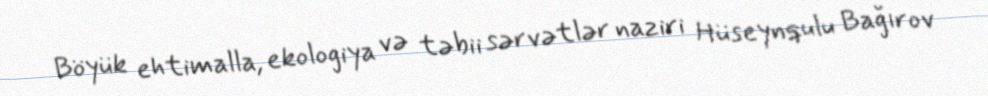
Böyük ehtimalla, ekologiya və təbii sərvətlər naziri Hüseynqulu Bağırov